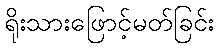
ရိုးသားဖြောင့်မတ်ခြင်း